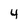
Character: 4